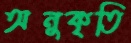
অনুকৃতি